画像に写った文字を読んでください
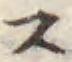
「ス」と書いてあります